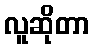
လူဆိုတာ